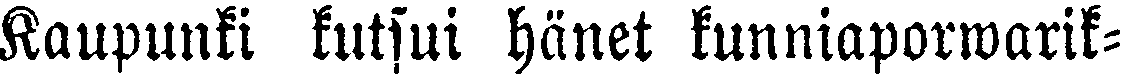
Kaupunki kutsui hänet kunniaporwarik-